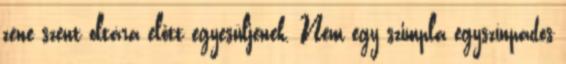
zene szent oltára előtt egyesüljenek. Nem egy szimpla egyszínpados